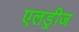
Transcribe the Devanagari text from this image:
एलड्रीज